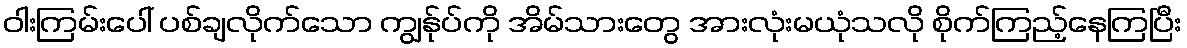
ဝါးကြမ်းပေါ် ပစ်ချလိုက်သော ကျွန်ုပ်ကို အိမ်သားတွေ အားလုံးမယုံသလို စိုက်ကြည့်နေကြပြီး